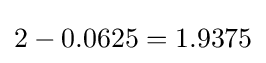
2-0.0625=1.9375